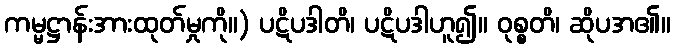
ကမ္မဋ္ဌာန်းအားထုတ်မှုကို။) ပဋိပဒါတိ၊ ပဋိပဒါဟူ၍။ ဝုစ္စတိ၊ ဆိုပအ၏။